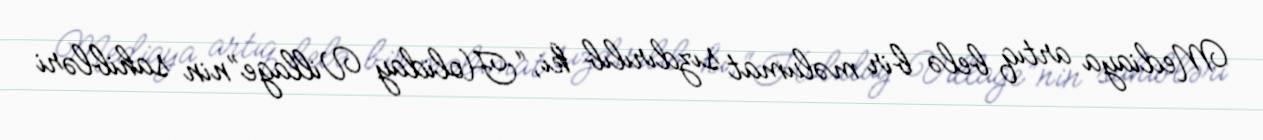
Mediaya artıq belə bir məlumat sızdırılıb ki, “Holiday Village”nin sahibləri